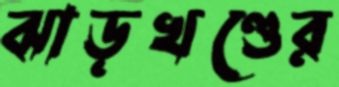
ঝাড়খণ্ডের